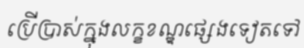
ប្រើប្រាស់ក្នុងលក្ខខណ្ឌផ្សេងទៀតទៅ